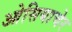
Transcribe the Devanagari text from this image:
ओसियाचेर